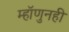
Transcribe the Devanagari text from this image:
म्हॉणुनही